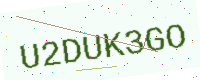
Text: U2DUK3GO